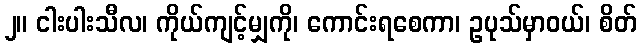
၂။ ငါးပါးသီလ၊ ကိုယ်ကျင့်မျှကို၊ ကောင်းရစေကာ၊ ဥပုသ်မှာဝယ်၊ စိတ်